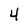
Character: 4